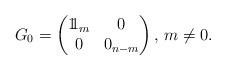
LaTeX: \begin{align*}G_{0}=\begin{pmatrix}1\!\!1_{m} & 0\\0 & 0_{n-m}\end{pmatrix},\,m\neq0.\end{align*}